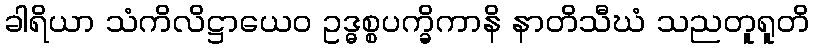
ခါရိယာ သံကိလိဋ္ဌာယေဝ ဥဒ္ဓစ္စပက္ခိကာနိ နာတိသီဃံ သညတူရူတိ